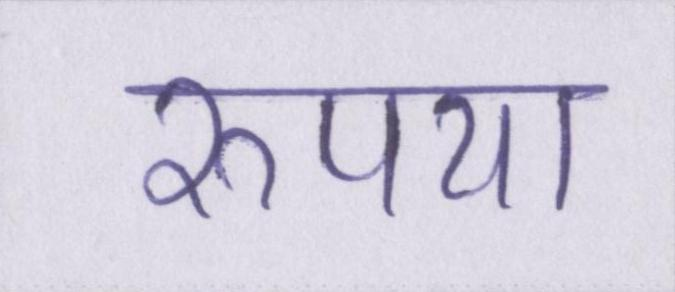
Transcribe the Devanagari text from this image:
रुपया